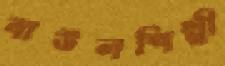
বাউলশিল্পী